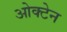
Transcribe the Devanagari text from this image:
ओक्टेन